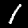
Label: 1